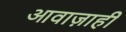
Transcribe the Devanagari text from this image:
आवाज़ाही